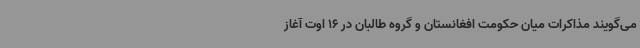
می‌گویند مذاکرات میان حکومت افغانستان و گروه طالبان در 16 اوت آغاز